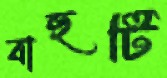
বাহুটি